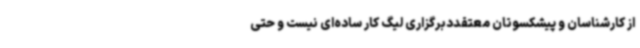
از کارشناسان و پیشکسوتان معتقددبرگزاری لیگ کار ساده‌ای نیست و حتی